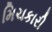
મિચકારી